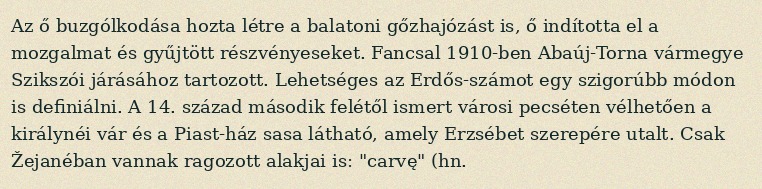
Az ő buzgólkodása hozta létre a balatoni gőzhajózást is, ő indította el a mozgalmat és gyűjtött részvényeseket. Fancsal 1910-ben Abaúj-Torna vármegye Szikszói járásához tartozott. Lehetséges az Erdős-számot egy szigorúbb módon is definiálni. A 14. század második felétől ismert városi pecséten vélhetően a királynéi vár és a Piast-ház sasa látható, amely Erzsébet szerepére utalt. Csak Žejanéban vannak ragozott alakjai is: "carvę" (hn.